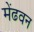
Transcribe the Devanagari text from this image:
मेंढवन